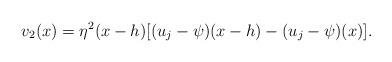
LaTeX: \begin{align*}v_{2}(x)= \eta^{2}(x-h) [(u_j-\psi)(x-h)-(u_j-\psi)(x)]. \end{align*}